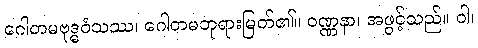
ဂေါတမဗုဒ္ဓဝံသဿ၊ ဂေါတမဘုရားမြတ်၏။ ဝဏ္ဏနာ၊ အဖွင့်သည်။ ဝါ၊